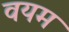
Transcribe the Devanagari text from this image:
वयम